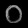
Digit: ၀